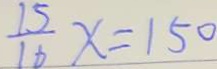
\frac { 1 5 } { 1 6 } x = 1 5 0